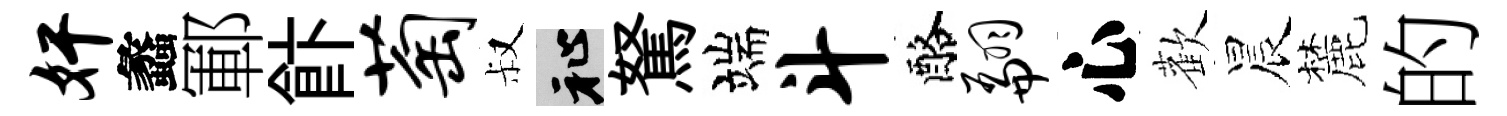
奸蠡鄆飰萄叔祉駑端斗酪翩心歡晨麓的